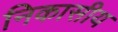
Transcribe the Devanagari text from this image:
निकासीय